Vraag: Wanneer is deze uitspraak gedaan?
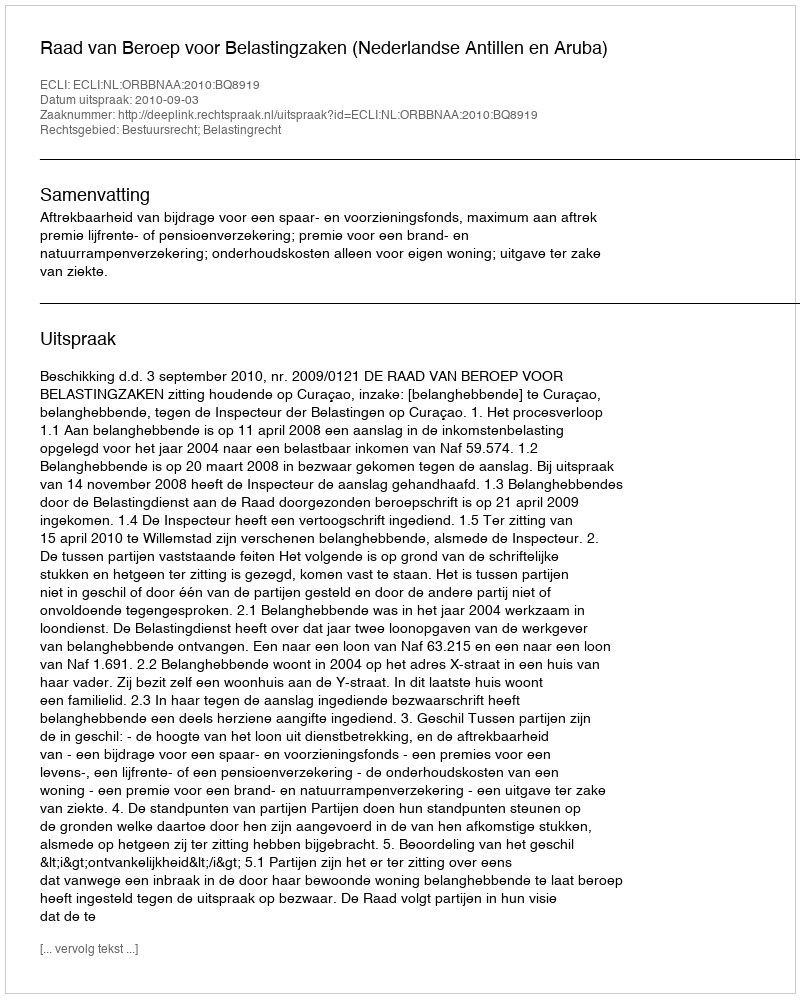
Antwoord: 2010-09-03